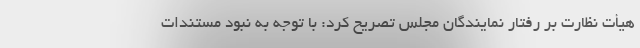
هیأت نظارت بر رفتار نمایندگان مجلس تصریح کرد: با توجه به نبود مستندات